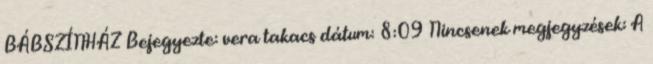
BÁBSZÍNHÁZ Bejegyezte: vera takacs dátum: 8:09 Nincsenek megjegyzések: A